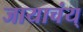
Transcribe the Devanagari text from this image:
जायाचंय्‌